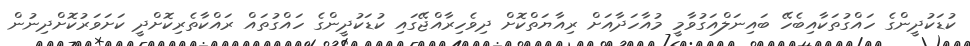
ކުޑަކުދީންގެ ހައްގުތަކާއިބެހޭ ބައިނަލްއަގުވާމީ މުއާހަދާއަށް ރިއާޔަތްކޮށް ދިވެހިރާއްޖޭގައި ކުޑަކުދީންގެ ހައްގުތައް ރައްކާތެރިކޮށްދީ ކަށަވަރުކޮށްދިނުން